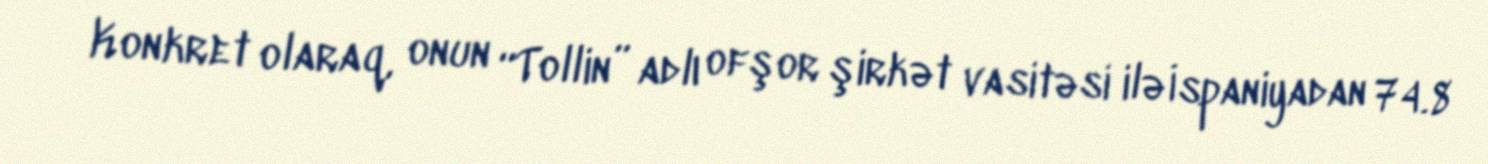
Konkret olaraq, onun “Tollin” adlı ofşor şirkət vasitəsi ilə İspaniyadan 74.8